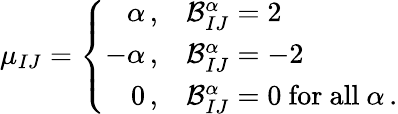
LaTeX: \mu_{IJ}=\left\{ \begin{array}{rl}{{\alpha\, ,}}&{{{\cal B}_{IJ}^{\alpha}=2}}\\ {{-\alpha\, ,}}&{{{\cal B}_{IJ}^{\alpha}=-2}}\\ {{0\, ,}}&{{{\cal B}_{IJ}^{\alpha}=0{\mathrm{~for~all~}}\alpha\, .}}\end{array}\right.